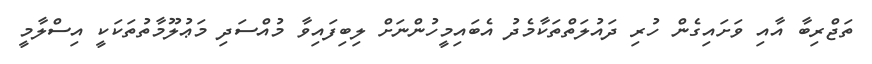
ތަޖްރިބާ އާއި ވަށައިގެން ހުރި ދައުލަތްތަކާމެދު އެބައިމީހުންނަށް ލިބިފައިވާ މުއްސަދި މަޢުލޫމާތުތަކަކީ އިސްލާމީ